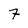
Character: 7